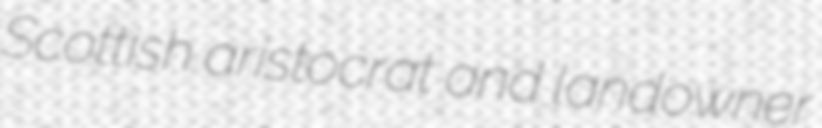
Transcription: Scottish aristocrat and landowner